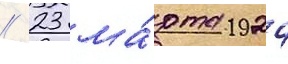
// 23 ма́рта 1924